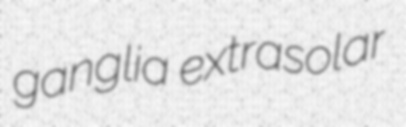
ganglia extrasolar